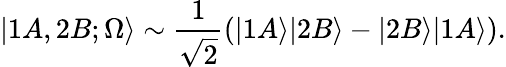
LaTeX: |1A,2B;\Omega\rangle\sim\frac{1}{\sqrt{2}}\left(|1A\rangle|2B\rangle-|2B\rangle|1A\rangle\right).